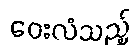
ဝေးလံသည့်